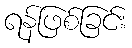
ရန်ဖြစ်ခြင်း